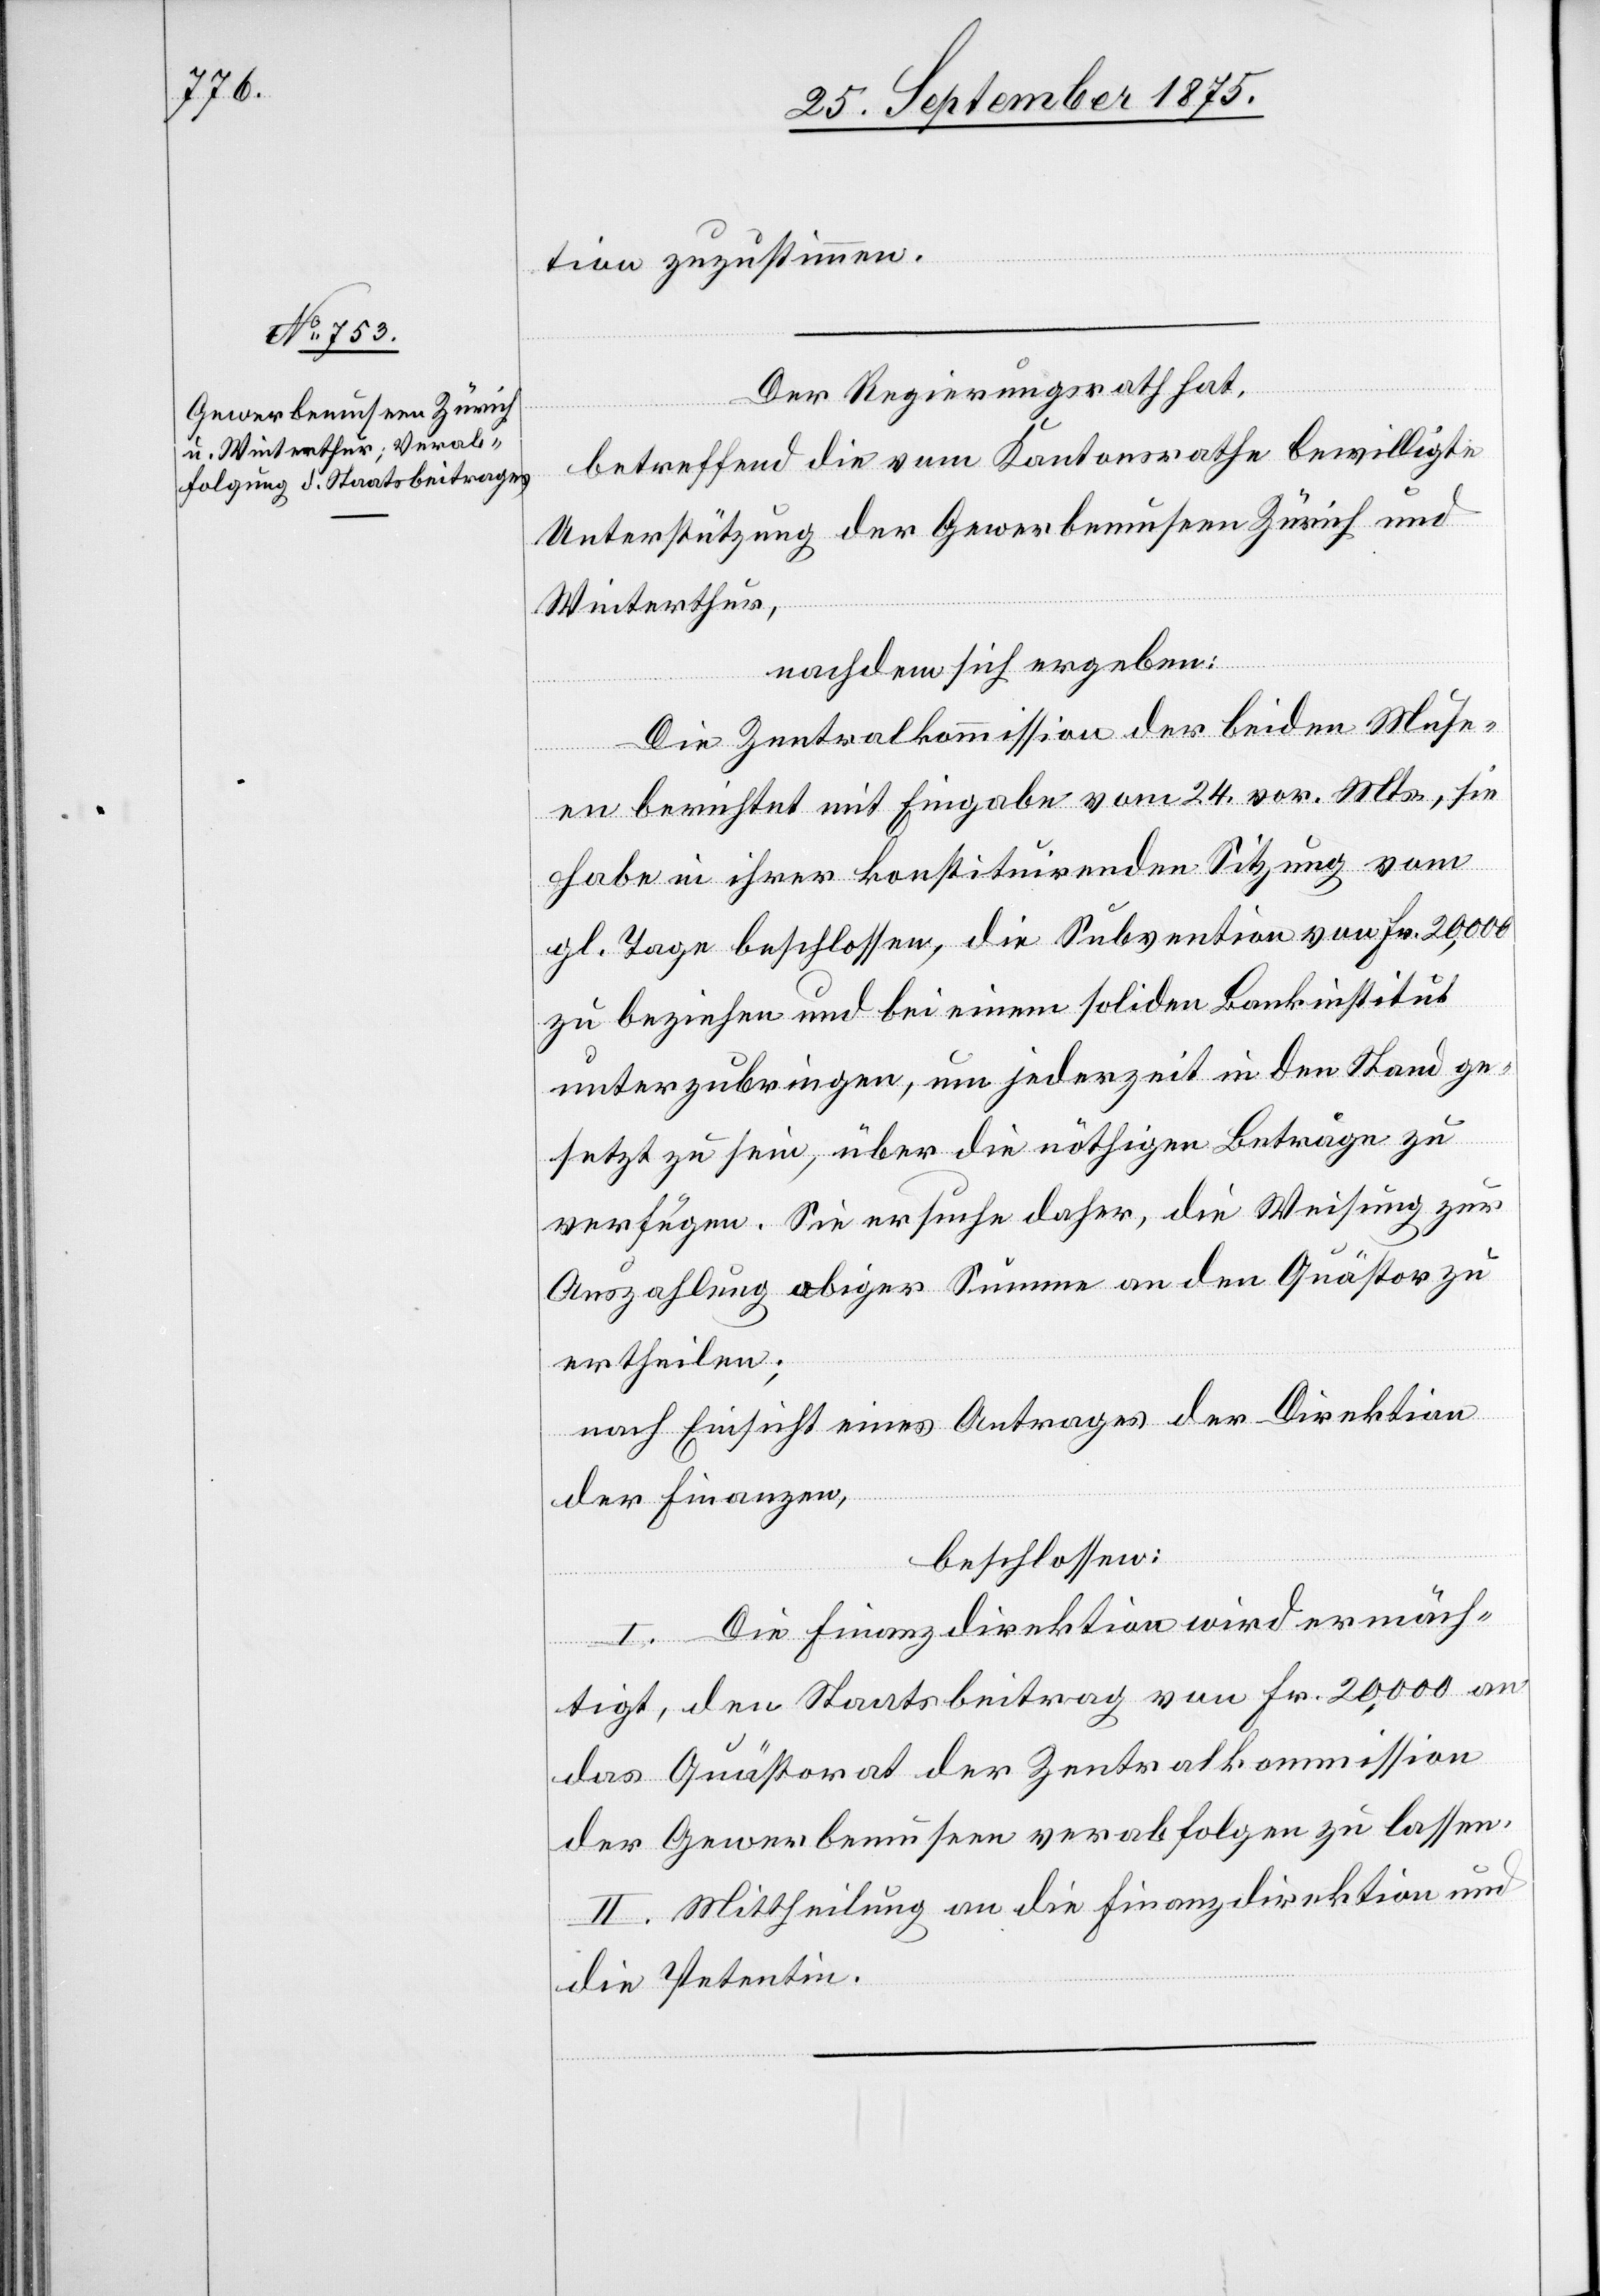
tion zuzustimmen.
Der Regierungsrath hat,
betreffend die vom Kantonsrathe bewilligte
Unterstützung der Gewerbemuseen Zürich und
Winterthur,
nachdem sich ergeben:
Die Zentralkommission der beiden Muse¬
en berichtet mit Eingabe vom 24. vor. Mts., sie
habe in ihrer konstituirenden Sitzung vom
gl. Tage beschlossen, die Subvention von Fr. 20,000
zu beziehen und bei einem soliden Bankinstitut
unterzubringen, um jederzeit in den Stand ge¬
setzt zu sein, über die nöthigen Beträge zu
verfügen. Sie ersuche daher, die Weisung zur
Auszahlung obiger Summe an den Quästor zu
ertheilen;
nach Einsicht eines Antrages der Direktion
der Finanzen,
beschlossen:
I. Die Finanzdirektion wird ermäch¬
tigt, den Staatsbeitrag von Fr. 20,000 an
das Quästorat der Zentralkommission
der Gewerbemuseen verabfolgen zu lassen.
II. Mittheilung an die Finanzdirektion und
die Petentin.